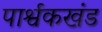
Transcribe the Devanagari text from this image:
पार्श्वकखंड